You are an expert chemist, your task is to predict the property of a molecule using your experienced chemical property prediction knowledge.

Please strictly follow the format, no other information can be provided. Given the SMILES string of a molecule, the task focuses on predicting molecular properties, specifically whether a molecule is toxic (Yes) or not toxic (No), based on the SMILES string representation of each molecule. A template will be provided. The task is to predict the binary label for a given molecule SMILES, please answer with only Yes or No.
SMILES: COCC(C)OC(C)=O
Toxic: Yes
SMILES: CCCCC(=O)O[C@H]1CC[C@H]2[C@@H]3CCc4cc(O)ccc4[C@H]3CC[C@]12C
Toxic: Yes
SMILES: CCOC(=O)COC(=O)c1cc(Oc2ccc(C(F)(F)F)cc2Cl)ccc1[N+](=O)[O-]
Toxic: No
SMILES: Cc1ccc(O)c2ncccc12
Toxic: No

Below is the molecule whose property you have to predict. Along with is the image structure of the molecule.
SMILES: c1ccc(CCc2ccccc2)cc1
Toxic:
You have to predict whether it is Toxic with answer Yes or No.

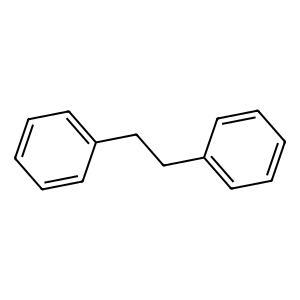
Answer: No